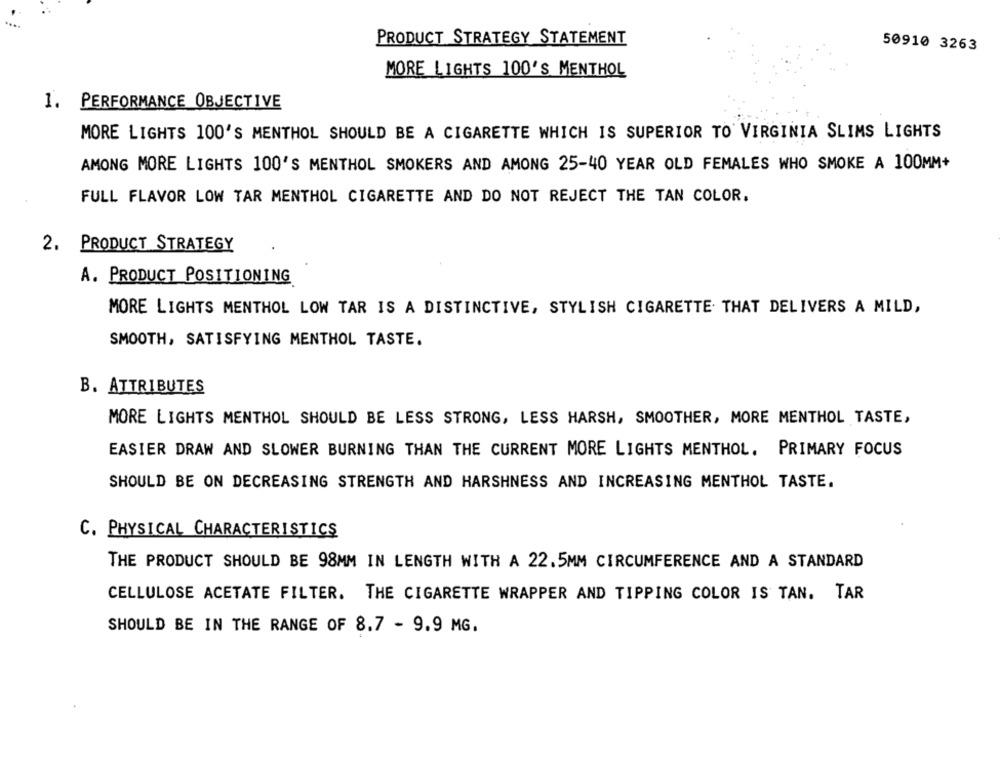
PRODUCT STRATEGY STATEMENT
50910 3263
MORE LIGHTS 100'S MENTHOL
1. PERFORMANCE OBJECTIVE
MORE LIGHTS 100'S MENTHOL SHOULD BE A CIGARETTE WHICH IS SUPERIOR TO VIRGINIA SLIMS LIGHTS
AMONG MORE LIGHTS 100'S MENTHOL SMOKERS AND AMONG 25-40 YEAR OLD FEMALES WHO SMOKE A 100MM+
FULL FLAVOR LOW TAR MENTHOL CIGARETTE AND DO NOT REJECT THE TAN COLOR.
2. PRODUCT STRATEGY
A. PRODUCT POSITIONING
MORE LIGHTS MENTHOL LOW TAR IS A DISTINCTIVE, STYLISH CIGARETTE THAT DELIVERS A MILD,
SMOOTH, SATISFYING MENTHOL TASTE.
B. ATTRIBUTES
MORE LIGHTS MENTHOL SHOULD BE LESS STRONG, LESS HARSH, SMOOTHER, MORE MENTHOL TASTE,
EASIER DRAW AND SLOWER BURNING THAN THE CURRENT MORE LIGHTS MENTHOL. PRIMARY FOCUS
SHOULD BE ON DECREASING STRENGTH AND HARSHNESS AND INCREASING MENTHOL TASTE.
C. PHYSICAL CHARACTERISTICS
THE PRODUCT SHOULD BE 98MM IN LENGTH WITH A 22.5MM CIRCUMFERENCE AND A STANDARD
CELLULOSE ACETATE FILTER. THE CIGARETTE WRAPPER AND TIPPING COLOR IS TAN. TAR
SHOULD BE IN THE RANGE OF 8.7 - 9.9 MG.